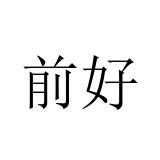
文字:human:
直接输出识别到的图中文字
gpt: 前好